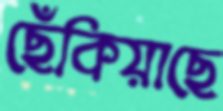
ছেঁকিয়াছে